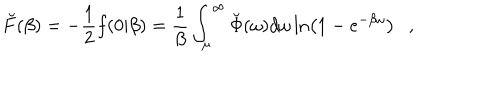
\breve { F } ( \beta ) = - \frac 1 2 f ( 0 | \beta ) = { \frac { 1 } { \beta } } \int _ { \mu } ^ { \infty } \breve { \Phi } ( \omega ) d \omega \ln \left( 1 - e ^ { - \beta \omega } \right) ,